Indian Civil Veterinary Department memoirs
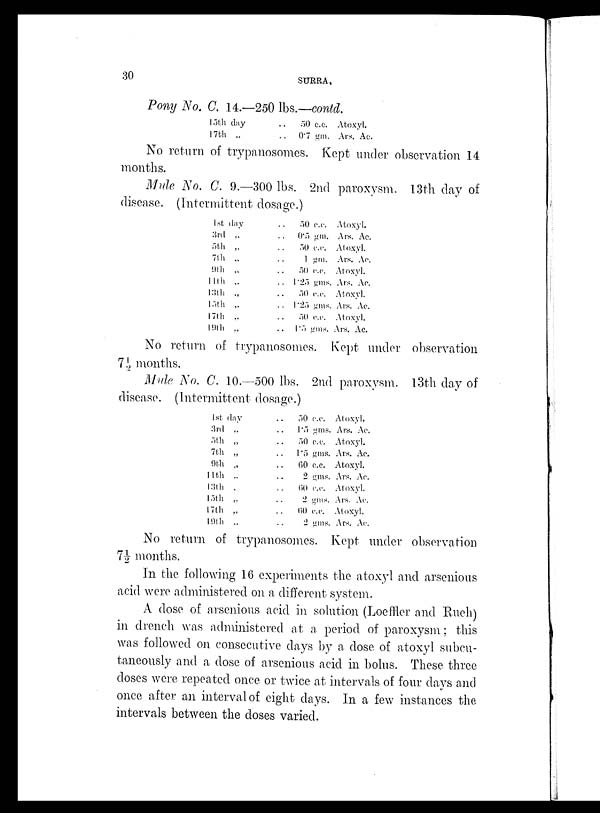
30
SURRA.
Pony No. C. 14.—250 lbs.—contd.
15th day
17th „
. . 50 c.c.
. . 0.7 gm.
Atoxyl.
Ars. Ac.
No return of trypanosomes. Kept under observation 14
months.
Mule No. C. 9.—300 lbs. 2nd paroxysm. 13th day of
disease. (Intermittent dosage.)
1st day
3rd
„
5th
„
7th „
9th
„
11th „
13th „
15th „
17th „
19th „
. . 50 c.c. Atoxyl.
. . 0.5 gm. Ars. Ac.
. . 50 c.c. Atoxyl.
. . 1 gm. Ars. Ac.
. . 50 c.c. Atoxyl.
. . 1.25 gms. Ars. Ac.
. . 50 c.c. Atoxyl.
. . 1.25 gms. Ars. Ac.
. . 50 c.c. Atoxyl.
. . 1.5 gms. Ars. Ac.
No return of trypanosomes. Kept under observation
7½ months.
Mule No. C. 10.—500 lbs. 2nd paroxysm. 13th day of
disease. (Intermittent dosage.)
1st day
3rd „
5th „
7th „
9th „
11th
„
13th „
15th
„
17th „
19th „
. . 50 c.c. Atoxyl.
. . 1.5 gms. Ars. Ac.
. . 50 c.c. Atoxyl.
. . 1.5 gms. Ars. Ac.
. . 60 c.c. Atoxyl.
. . 2 gms. Ars. Ac.
. . 60 c.c. Atoxyl.
. . 2 gms. Ars. Ac.
. . 60 c.c. Atoxyl.
. . 2 gms. Ars. Ac.
No return of trypanosomes. Kept under observation
7½ months.
In the following 16 experiments the atoxyl and arsenious
acid were administered on a different system.
A dose of arsenious acid in solution (Loeffler and Rueh)
in drench was administered at a period of paroxysm; this
was followed on consecutive days by a dose of atoxyl subcu-
taneously and a dose of arsenious acid in bolus. These three
doses were repeated once or twice at intervals of four days and
once after an interval of eight days. In a few instances the
intervals between the doses varied.